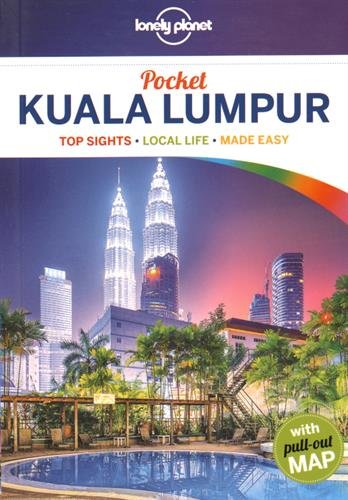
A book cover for Lonely Planet Pocket Kuala Lumpur (Travel Guide); Lonely Planet; Travel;